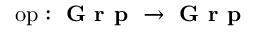
{ \mathrm { o p } } : { \textbf { G r p } } \to { \textbf { G r p } }